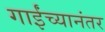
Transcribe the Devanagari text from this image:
गाईंच्यानंतर